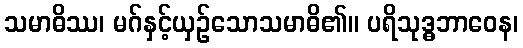
သမာဓိဿ၊ မဂ်နှင့်ယှဉ်သောသမာဓိ၏။ ပရိသုဒ္ဓဘာဝေန၊